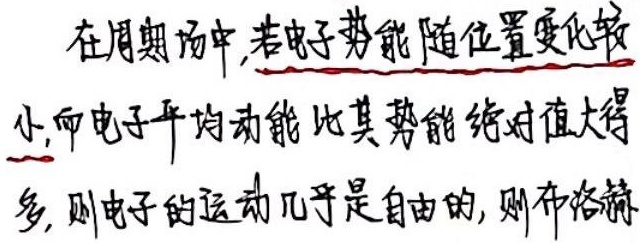
在周期场中,若电子势能随位置变化较
小,而电子平均动能比其势能绝对值大得
多, 则电子的运动几乎是自由的, 则布洛赫